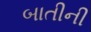
બાતીની